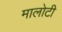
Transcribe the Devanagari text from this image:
मालोटी